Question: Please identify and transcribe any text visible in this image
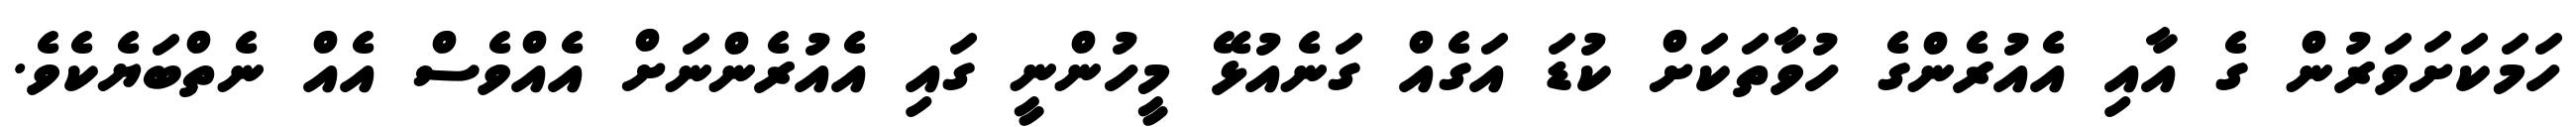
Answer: ހަމަކަށަވަރުން ގެ އާއި އެއުރެންގެ ހުވާތަކަށް ކުޑަ އަގެއް ގަނެއުޅޭ މީހުންނީ ގައި އެއުރެންނަށް އެއްވެސް އެއް ނެތްބަޔެކެވެ.